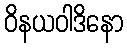
ဝိနယဝါဒိနော